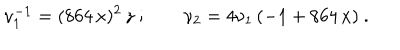
\nu _ { 1 } ^ { - 1 } = ( 8 6 4 \, x ) ^ { 2 } \, z \ ; \qquad \nu _ { 2 } = 4 \nu _ { 1 } \, ( - 1 + 8 6 4 \, x ) \ .